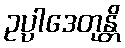
ဥပ္ပါဒေတုန္တိ